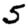
Digit: 5